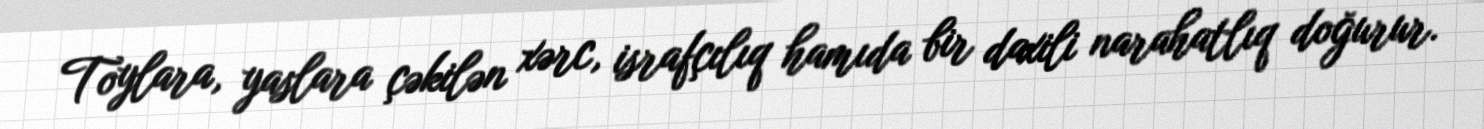
Toylara, yaslara çəkilən xərc, israfçılıq hamıda bir daxili narahatlıq doğurur.